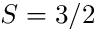
S = 3 / 2